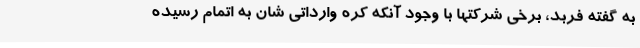
به گفته فربد، برخی شرکتها با وجود آنکه کره وارداتی شان به اتمام رسیده